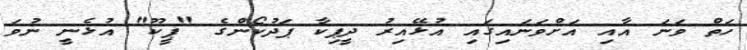
ހަތް ވަނަ އާއި އަށްވަނައިގައި އުޅޭއިރު ދީޕިކާ ޕަދުކޯންގެ "ޕީކޫ" އުޅެނީ ނުވަ